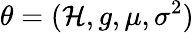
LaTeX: \theta=(\mathcal{H},g,\mu,\sigma^{2})